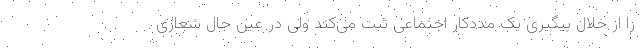
را از خلال پیگیری یک مددکار اجتماعی ثبت می‌کند ولی در عین حال شعاری